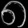
Digit: ၈